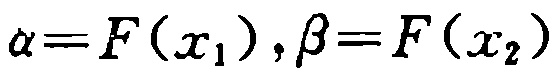
\(\alpha = F(x_1),\beta = F(x_2)\)